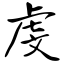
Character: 虔